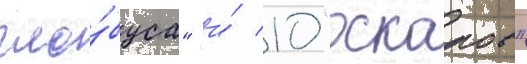
гло́буса" и́ 10 "оскаров"